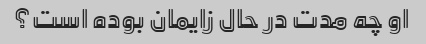
او چه مدت در حال زایمان بوده است؟